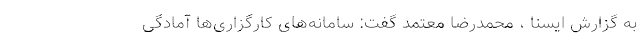
به گزارش ایسنا ، محمدرضا معتمد گفت: سامانه‌های کارگزاری‌ها آمادگی